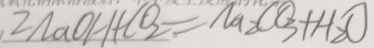
2 N a O H + C O _ { 2 } = N a _ { 2 } C O _ { 3 } + H _ { 2 } O